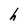
Character: h